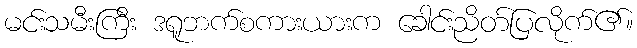
မင်းသမီးကြီး ဒရူဘက်စကားယားက ခေါင်းညိတ်ပြလိုက်၏။